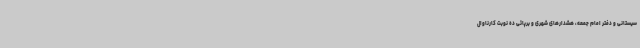
سیستانی و دفتر امام جمعه، هشدارهای شهری و برپائی ده نوبت کارناوال